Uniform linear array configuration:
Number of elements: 48
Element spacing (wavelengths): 0.5
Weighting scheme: blackman
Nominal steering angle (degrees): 60
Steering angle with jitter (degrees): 61.406
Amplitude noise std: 0.05
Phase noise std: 0.05

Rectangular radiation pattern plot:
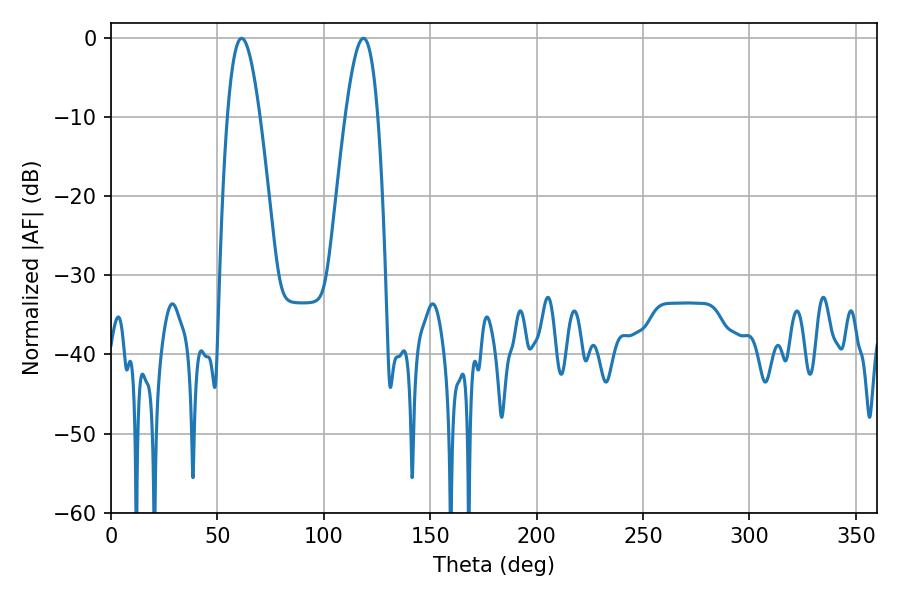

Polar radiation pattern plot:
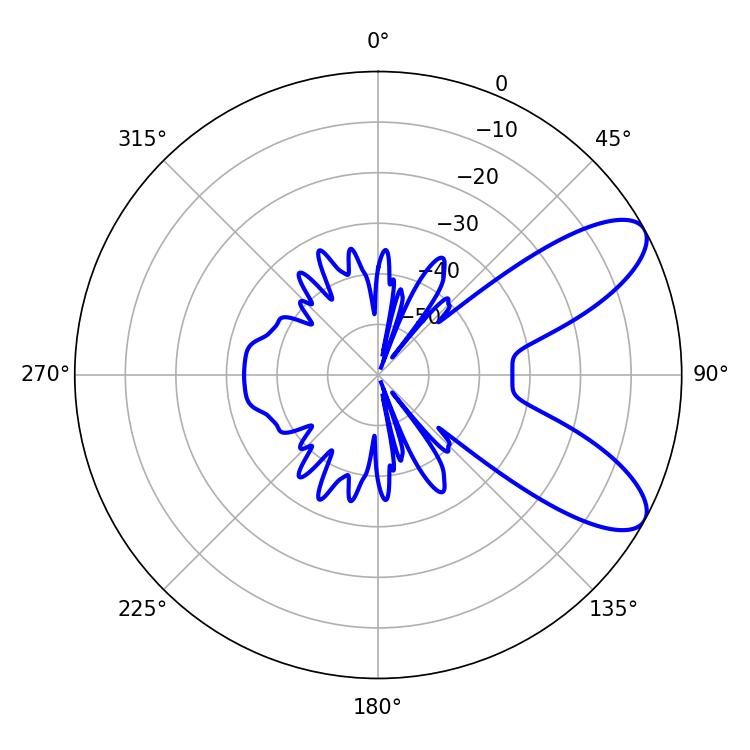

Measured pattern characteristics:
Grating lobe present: FALSE
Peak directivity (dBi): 8.581
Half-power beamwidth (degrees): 8.28
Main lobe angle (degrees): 61.38